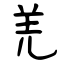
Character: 羌